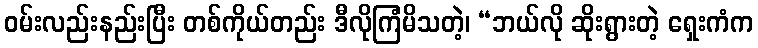
ဝမ်းလည်းနည်းပြီး တစ်ကိုယ်တည်း ဒီလိုကြံမိသတဲ့၊ “ဘယ်လို ဆိုးရွားတဲ့ ရှေးကံက